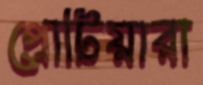
প্রোটিয়ারা